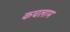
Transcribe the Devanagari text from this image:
कचलाम